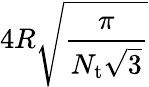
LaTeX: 4R\sqrt{\frac{\pi}{N_{\mathrm{t}}\sqrt{3}}}